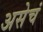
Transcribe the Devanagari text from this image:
असेचं